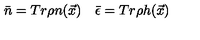
\bar { n } = T r \rho n ( \vec { x } ) \quad \bar { \epsilon } = T r \rho h ( \vec { x } )